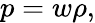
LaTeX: p=w\rho,